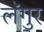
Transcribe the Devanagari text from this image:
लॅगुर